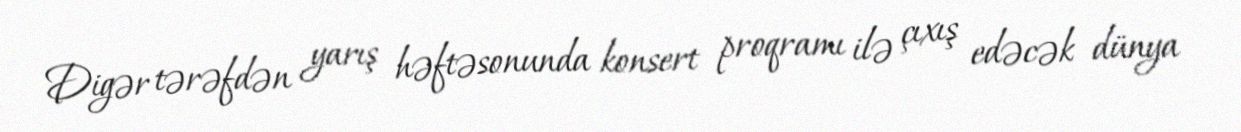
Digər tərəfdən yarış həftəsonunda konsert proqramı ilə çıxış edəcək dünya